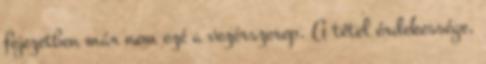
fejezetben már nem ezé a vezérszerep. A tétel érdekessége,